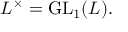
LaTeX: L ^ { \times } = \operatorname { G L } _ { 1 } ( L ) .